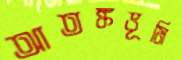
আতঙ্কভূমি